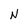
Character: N